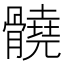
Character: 髐